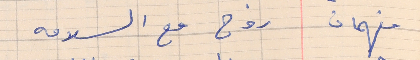
فهمان     روح مع السلامه